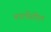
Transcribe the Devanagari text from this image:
चालीतील